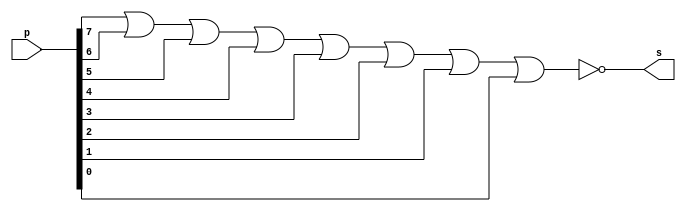
// Exercicio0011
// Nome: tila Martins Silva Jnior

// -- NOR gate
module norgate ( output s,
input[7:0] p);
assign s = ~(p[7] | p[6] | p[5] | p[4] | p[3] | p[2] | p[1] | p[0]);
endmodule // orgate

// -- test nor gate
module testnorgate;

// -- dados locais
reg[7:0] a; // definir registradores
wire s; // definir conexao (fio)

// -- instancia
norgate NOR1 (s, a);

// -- preparacao
initial begin:start
// atribuicao simultanea
// dos valores iniciais
a=8'b00000000;
end

// --- parte principal
initial begin
$display("Exercicio0010 - tila Martins - 449014");
$display("Test NOR gate");
$monitor("%b = %b", a, s);
#1 a=8'b10110110;
#1 a=8'b11111111;
end
endmodule // testorgate